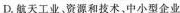
D.航天工业、资源和技术。中小型企业